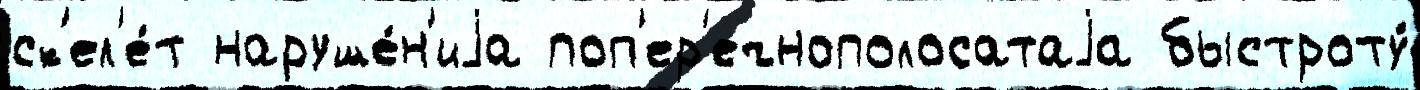
ск'ел'е́т наруше́н'иjа поп'ер'ечнополосатаjа быстроту́